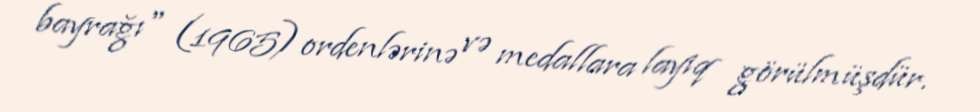
bayrağı" (1965) ordenlərinə və medallara layiq görülmüşdür.